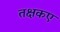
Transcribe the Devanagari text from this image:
तक्षकए